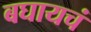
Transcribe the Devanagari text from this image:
बघायचं